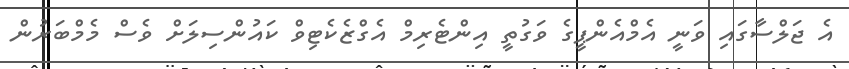
އެ ޖަލްސާގައި ވަނީ އެމްއެންޕީގެ ވަގުތީ އިންޓެރިމް އެގްޒެކެޓިވް ކައުންސިލަށް ވެސް މެމްބަރުން